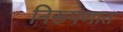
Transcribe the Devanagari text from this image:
निरूपणात